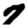
Digit: 7